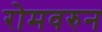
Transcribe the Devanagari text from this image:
रोमवरुन